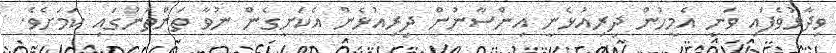
ވިދާޅުވެފައި ވަނީ އެމީހުން ދިރިއުޅެނީ އިންސާނުން ދިރިއުޅެން އެކަށީގެން ނުވާ ތަންތަނުގައި ކަމަށެވެ.